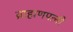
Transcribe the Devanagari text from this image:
ब्राह्मणपत्नी